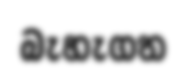
බැහැගත